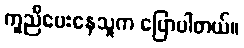
ကူညီပေးနေသူက ပြောပါတယ်။